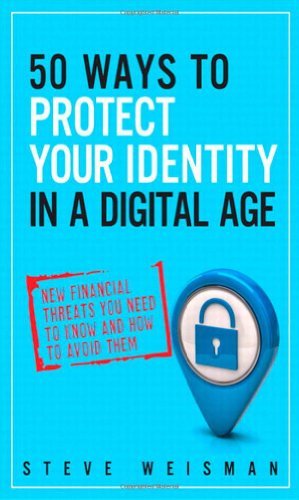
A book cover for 50 Ways to Protect Your Identity in a Digital Age: New Financial Threats You Need to Know and How to Avoid Them (2nd Edition); Steve Weisman; Business & Money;